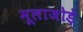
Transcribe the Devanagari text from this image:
मूलाजोड़े